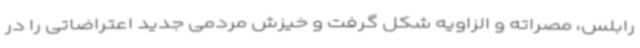
رابلس، مصراته و الزاویه شکل گرفت و خیزش مردمی جدید اعتراضاتی را در